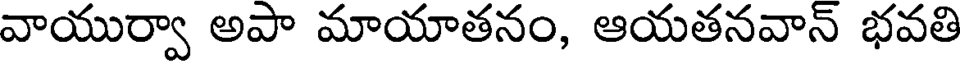
వాయుర్వా అపా మాయాతనం, ఆయతనవాన్ భవతి